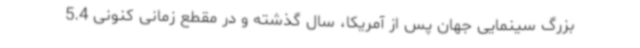
بزرگ سینمایی جهان پس از آمریکا، سال گذشته و در مقطع زمانی کنونی 5.4